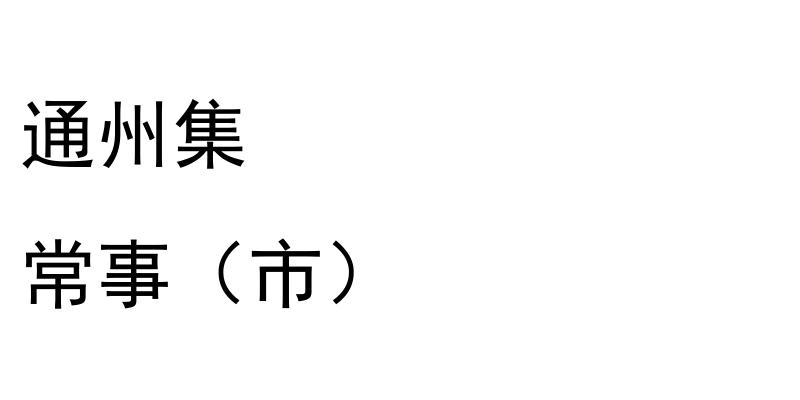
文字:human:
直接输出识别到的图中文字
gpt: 通州集 常事（市）